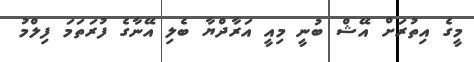
މީގެ އިތުރަށް އޭޝް ބުނީ މިއީ އަރާދްޔާ ބެލި އޭނާގެ ފުރަތަމަ ފިލްމު